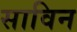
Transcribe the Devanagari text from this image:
साविन